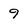
Character: 9